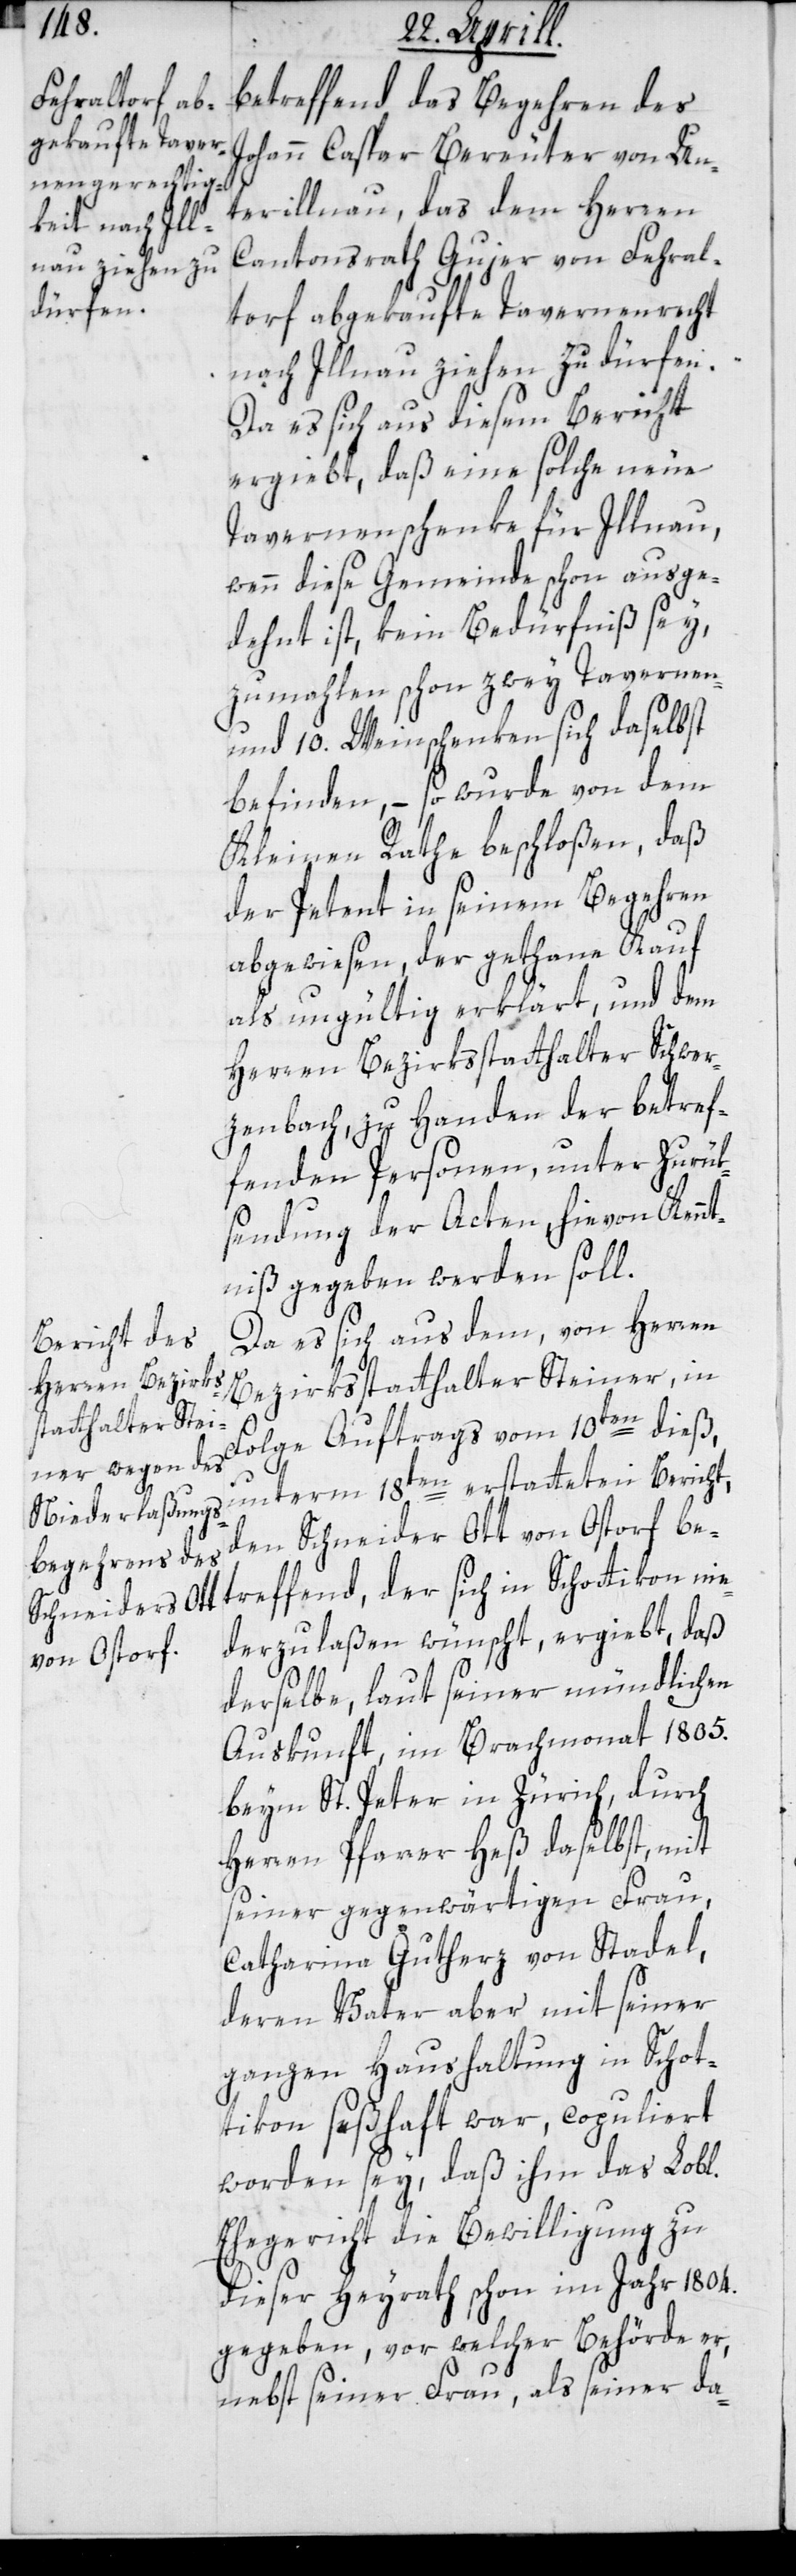
betreffend das Begehren des
Johann Caspar Bereuter von Un¬
terillnau, das dem Herren
Cantonsrath Gujer von Fehral¬
torf abgekaufte Tavernenrecht
nach Illnau ziehen zu dürfen.
Da es sich aus diesem Bericht
ergiebt, daß eine solche neue
Tavernenschenke für Illnau,
wenn diese Gemeinde schon ausge¬
dehnt ist, kein Bedürfniß sey,
zumahlen schon zwey Tavernen-
und 10. Weinschenken sich daselbst
befinden, – so wurde von dem
Kleinen Rathe beschloßen, daß
der Petent in seinem Begehren
abgewiesen, der gethane Kauf
als ungültig erklärt, und dem
Herren Bezirksstatthalter Schwer¬
zenbach, zu Handen der betref¬
fenden Personen, unter Zurük¬
sendung der Acten, hievon Kennt¬
niß gegeben werden soll.
Da es sich aus dem von Herren
Bezirksstatthalter Steiner in
Folge Auftrags vom 10ten dieß,
unterm 18ten erstatteten Bericht,
den Schneider Ott von Ostorf be¬
treffend, der sich in Schottikon nie¬
derzulaßen wünscht, ergiebt, daß
derselbe, laut seiner mündlichen
Auskunft, im Brachmonat 1805.
beym St. Peter in Zürich durch
Herren Pfarrer Heß daselbst, mit
seiner gegenwärtigen Frau,
Catharina Gutherz von Stadel,
deren Vater aber mit seiner
ganzen Haushaltung in Schot¬
tikon seßhaft war, copuliert
worden sey, daß ihm das Lobl.
Ehegericht die Bewilligung zu
dieser Heyrath schon im Jahr 1804.
gegeben, vor welcher Behörde er,
nebst seiner Frau, als seiner da-